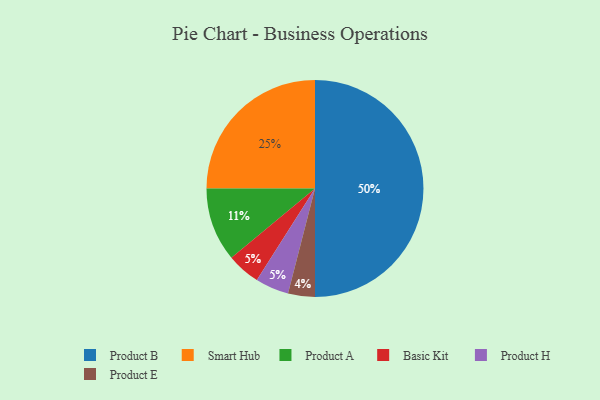
{"axis": {"x": "Category", "y": "Percentage"}, "legend": ["Basic Kit", "Product A", "Product B", "Product E", "Product H", "Smart Hub"], "data": [{"x": "Product B", "y": 50, "type": "Product B"}, {"x": "Basic Kit", "y": 5, "type": "Basic Kit"}, {"x": "Smart Hub", "y": 25, "type": "Smart Hub"}, {"x": "Product A", "y": 11, "type": "Product A"}, {"x": "Product E", "y": 4, "type": "Product E"}, {"x": "Product H", "y": 5, "type": "Product H"}]}